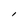
Character: l